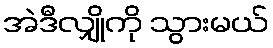
အဲဒီလျှိုကို သွားမယ်